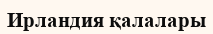
Ирландия қалалары